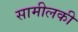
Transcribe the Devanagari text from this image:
सामीलकी